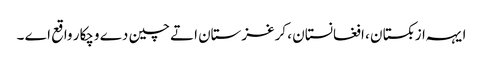
ایہہ ازبکستان ، افغانستان ، کرغزستان اتے چین دے وچکار واقع اے ۔